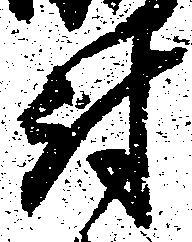
討